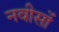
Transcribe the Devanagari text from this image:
नवीसों